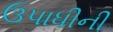
ઉપાધીની